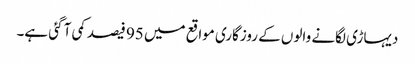
دیہاڑی لگانے والوں کے روزگاری مواقع میں 95 فیصد کمی آ گئی ہے۔